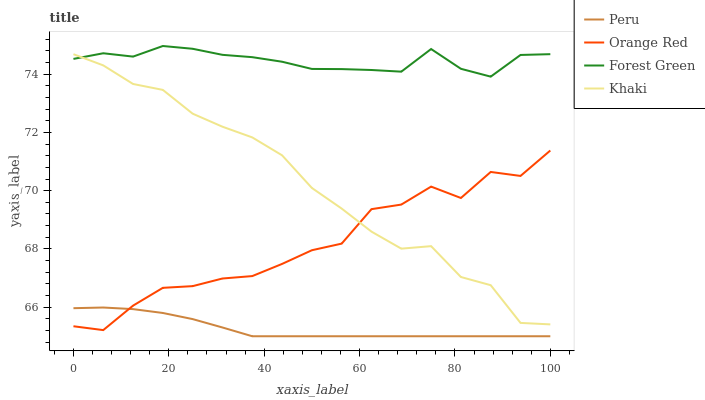
| xaxis_label | Peru | Orange Red | Forest Green | Khaki |
 | --- | --- | --- | --- | --- |
 | 0 | 66 | 65.3 | 74.5 | 74.7 |
 | 6.25 | 66 | 65.2 | 74.7 | 74.3 |
 | 12.5 | 65.9 | 66.1 | 74.6 | 73.7 |
 | 18.8 | 65.8 | 66.7 | 75 | 73.5 |
 | 25 | 65.6 | 66.7 | 74.9 | 72.6 |
 | 31.2 | 65.3 | 67 | 74.7 | 72.2 |
 | 37.5 | 65 | 67.1 | 74.6 | 71.8 |
 | 43.8 | 65 | 67.5 | 74.4 | 71.2 |
 | 50 | 65 | 68 | 74.2 | 70.1 |
 | 56.2 | 65 | 68.2 | 74.2 | 69.4 |
 | 62.5 | 65 | 69.4 | 74.1 | 68.6 |
 | 68.8 | 65 | 69.5 | 74.1 | 68 |
 | 75 | 65 | 70.1 | 74.9 | 68.1 |
 | 81.2 | 65 | 69.7 | 74.2 | 67 |
 | 87.5 | 65 | 70.6 | 73.9 | 66.8 |
 | 93.8 | 65 | 70.5 | 74.7 | 65.5 |
 | 100 | 65 | 71.4 | 74.7 | 65.4 |